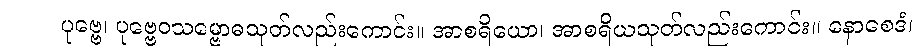
ပုဗ္ဗေ၊ ပုဗ္ဗေဝသမ္ဗောဓသုတ်လည်းကောင်း။ အာစရိယော၊ အာစရိယသုတ်လည်းကောင်း။ နောစေဒံ၊